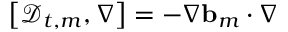
\bigl [ \mathscr { D } _ { t , m } , \nabla \bigr ] = - \nabla \ensuremath { \mathbf { b } } _ { m } \cdot \nabla